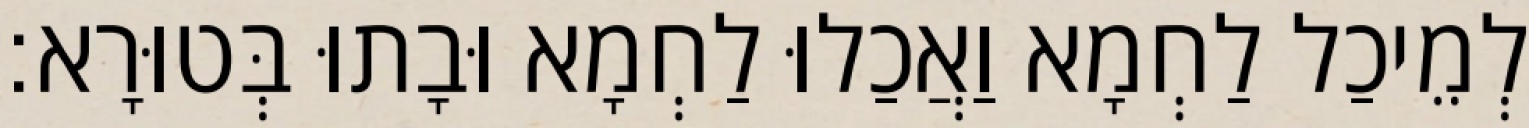
לְמֵיכַל לַחְמָא וַאֲכַלוּ לַחְמָא וּבָתוּ בְּטוּרָא׃